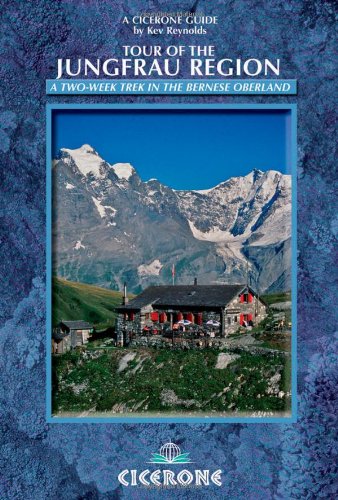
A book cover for Tour of the Jungfrau Region: A two-week trek in the Bernese Oberland (Cicerone Guide); Kev Reynolds; Travel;